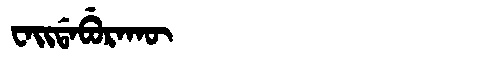
Manchu: ᠸᠠᡳᡩᠠᠪᡠᡵᠠᡴᡡ
Romanization: WAIDABURAKŪ